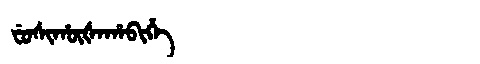
Manchu: ᠸᡠᠰᡳᡥᡡᡧᠠᡥᠠᠪᡳᡥᡝ
Romanization: FUSIHŪŠAHABIHE